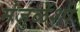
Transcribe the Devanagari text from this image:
मंजुळेंशी